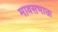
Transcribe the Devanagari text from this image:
मावसभाऊ